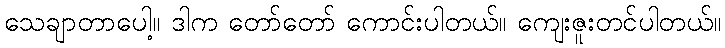
သေချာတာပေါ့။ ဒါက တော်တော် ကောင်းပါတယ်။ ကျေးဇူးတင်ပါတယ်။